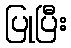
ပြုပြီး